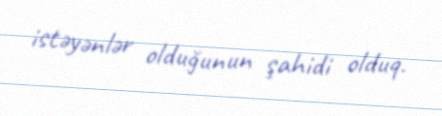
istəyənlər olduğunun şahidi olduq.